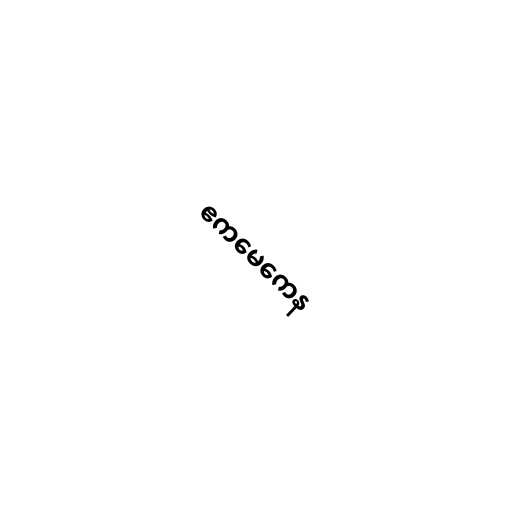
ဧကမေကေန